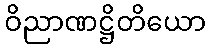
ဝိညာဏဋ္ဌိတိယော